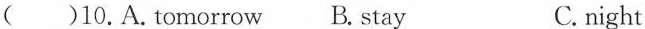
( )10.A.tomorrow B.stay C. night